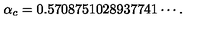
\alpha _ { c } = 0 . 5 7 0 8 7 5 1 0 2 8 9 3 7 7 4 1 \cdots .